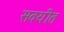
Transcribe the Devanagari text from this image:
सवयीत